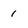
Character: 1